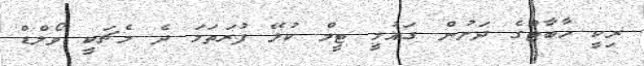
ރިކީ ހާބާޓްގެ ދަށުން ގައުމީ ޓީމް ކުޅޭ ފުރަތަމަ ދެ މެޗަކީ ވޯލްޑް